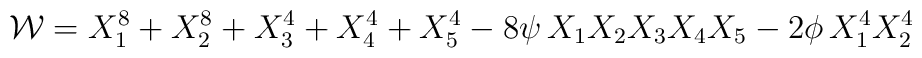
{\cal W}=X_1^8 + X_2^8 + X_3^4 + X_4^4+ X_5^4 -8\psi \, X_1 X_2 X_3 X_4 X_5-2\phi \, X_1^4 X_2^4